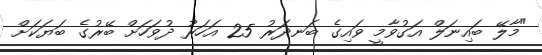
"މާލޭ ބައިނަލް އަގުވާމީ ވައިގެ ބަނދަރު 25 އަހަރު ދުވަހަށް ބޭރުގެ ބަޔަކަށް